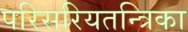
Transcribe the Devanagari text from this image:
परिसरियतन्त्रिका